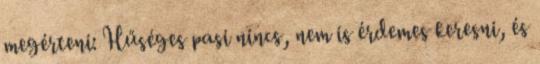
megérteni: Hűséges pasi nincs, nem is érdemes keresni, és